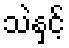
သဲနှင့်